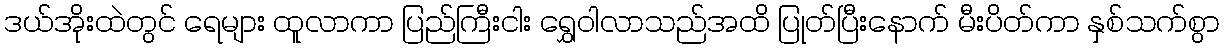
ဒယ်အိုးထဲတွင် ရေများ ထူလာကာ ပြည်ကြီးငါး ရွှေဝါလာသည်အထိ ပြုတ်ပြီးနောက် မီးပိတ်ကာ နှစ်သက်စွာ